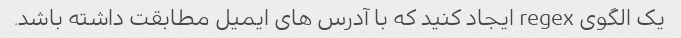
یک الگوی regex ایجاد کنید که با آدرس های ایمیل مطابقت داشته باشد.